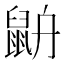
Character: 𪕄